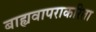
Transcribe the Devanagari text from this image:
बाह्यवापराकरिता